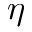
\eta